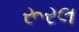
રૂરલ